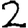
Digit: 2